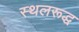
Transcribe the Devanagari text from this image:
स्थलरूद्ध